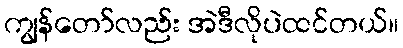
ကျွန်တော်လည်း အဲဒီလိုပဲထင်တယ်။